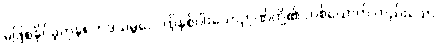
မဖြစ်နိုင်ခဲ့ကုန်။ တဒသမ္ဘဝေ၊ ထိုနှစ်ပါးသောဉာဏ်တို့၏ တစ်ယောက် တည်းသော